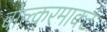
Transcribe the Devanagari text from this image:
वोल्करमार्क्ट